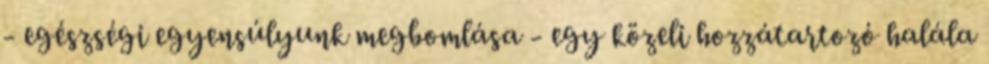
- egészségi egyensúlyunk megbomlása - egy közeli hozzátartozó halála